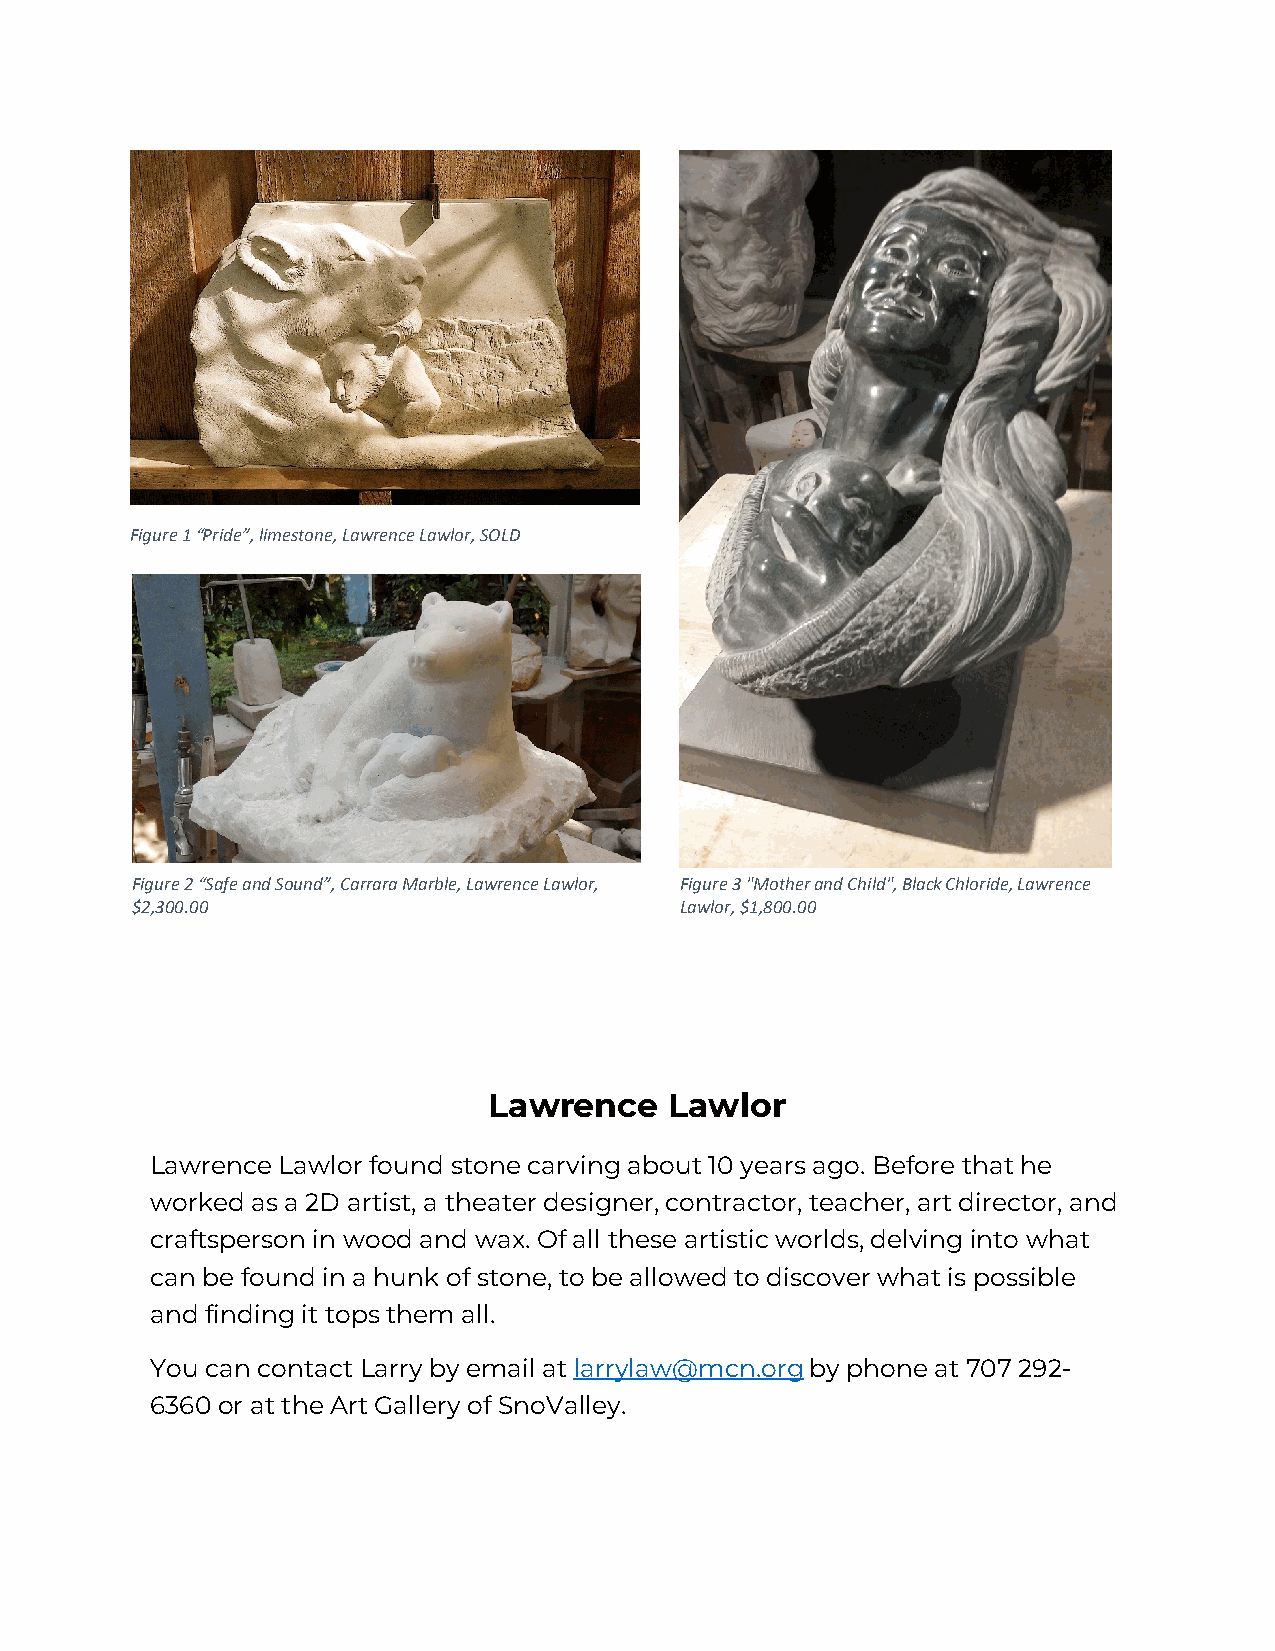
Figure 1 “Pride”, limestone, Lawrence Lawlor, SOLD
 Figure 2 “Safe and Sound”, Carrara Marble, Lawrence Lawlor, Figure 3 "Mother and Child", Black Chloride, Lawrence
 $2,300.00                           Lawlor, $1,800.00
 Lawrence    Lawlor
 Lawrence Lawlor found stone carving about 10 years ago. Before that he
 worked as a 2D artist, a theater designer, contractor, teacher, art director, and
 craftsperson in wood and wax. Of all these artistic worlds, delving into what
 can be found in a hunk of stone, to be allowed to discover what is possible
 and finding it tops them all.
 You can contact Larry by email at larrylaw@mcn.org by phone at 707 292-
 6360 or at the Art Gallery of SnoValley.